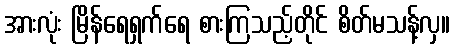
အားလုံး မြိန်ရေရှက်ရေ စားကြသည့်တိုင် စိတ်မသန့်လှ။